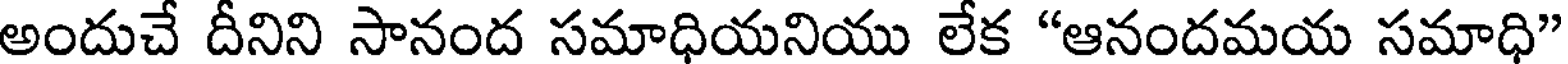
అందుచే దీనిని సానంద సమాధియనియు లేక "ఆనందమయ సమాధి"